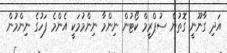
އަދި ގާނޫނީ ގޮތުން ސުޕްރީމް ކޯޓުން ނިންމާ ނިންމުމަކީ އެންމެ ފަހުގެ ނިންމުން